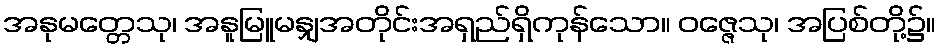
အနုမတ္တေသု၊ အနူမြူမနျှအတိုင်းအရှည်ရှိကုန်သော။ ဝဇ္ဇေသု၊ အပြစ်တို့၌။